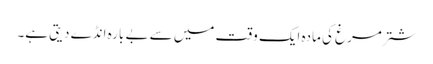
شتر مرغ کی مادہ ایک وقت میں سے بے بارہ انڈے دیتی ہے۔